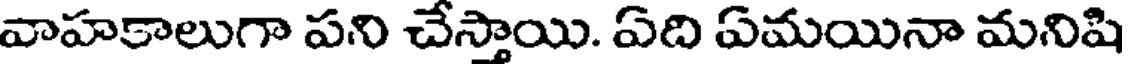
వాహకాలుగా పని చేస్తాయి. ఏది ఏమయినా మనిషి